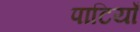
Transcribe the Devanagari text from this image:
पाटियाँ